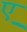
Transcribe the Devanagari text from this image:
ए़